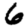
Digit: 6